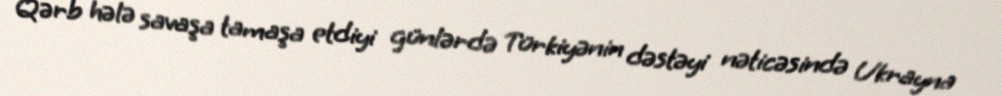
Qərb hələ savaşa tamaşa etdiyi günlərdə Türkiyənin dəstəyi nəticəsində Ukrayna